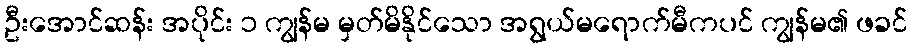
ဦးအောင်ဆန်း အပိုင်း ၁ ကျွန်မ မှတ်မိနိုင်သော အရွယ်မရောက်မီကပင် ကျွန်မ၏ ဖခင်